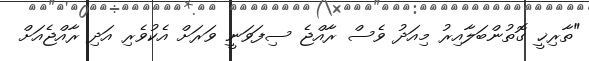
"ތާރިޚީ ގޮތުންބަލާއިރު މިއަދު ވެސް ރާއްޖެ ސިފަވަނީ ވަރަށް އެކުވެރި އަދި ރާއްޖެއަށް